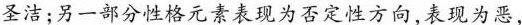
圣洁；另一部分性格元素表现为否定性方向,表现为恶，